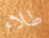
طلاء